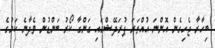
ބިހާރާ ޖެހިގެން އޮންނަ އުއްތަރަ ޕުރަދޭޝްގައި ގަންގާ ކޯރު ބަންޑުން ވެދާނެ ކަމުގެ